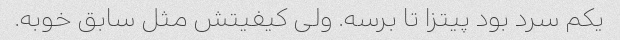
یکم سرد بود پیتزا تا برسه. ولی کیفیتش مثل سابق خوبه.